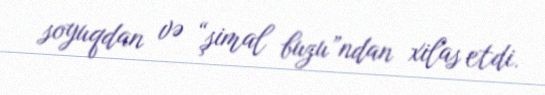
soyuqdan və “şimal buzu”ndan xilas etdi.